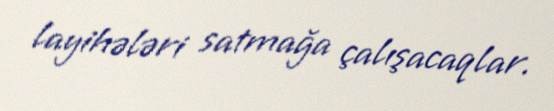
layihələri satmağa çalışacaqlar.